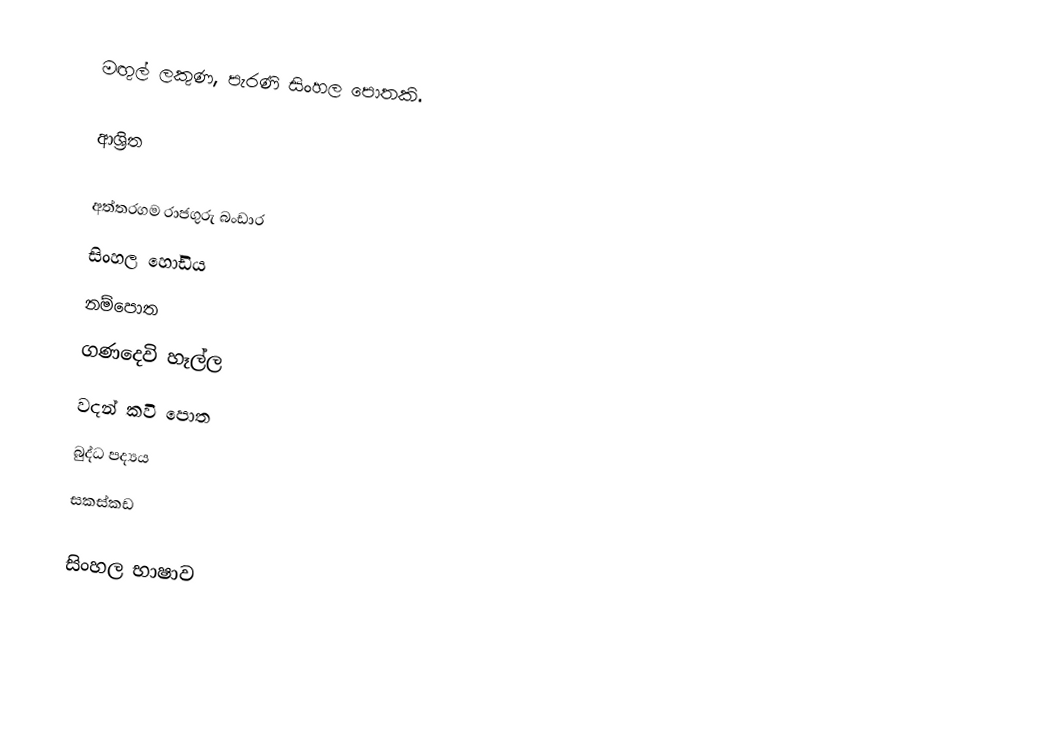
මඟුල් ලකුණ, පැරණි සිංහල පොතකි.

ආශ්‍රිත

 අත්තරගම රාජගුරු බංඩාර
 සිංහල හෝඩිය
 නම්පොත
 ගණදෙවි හෑල්ල
 වදන් කවි පොත
 බුද්ධ පද්‍යය
 සකස්කඩ

සිංහල භාෂාව